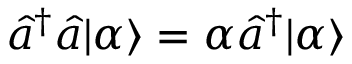
\hat { a } ^ { \dagger } \hat { a } | \alpha \rangle = \alpha \hat { a } ^ { \dagger } | \alpha \rangle